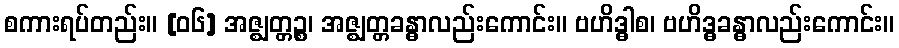
စကားရပ်တည်း။ [၀၆] အဇ္ဈတ္တဉ္စ၊ အဇ္ဈတ္တခန္ဓာလည်းကောင်း။ ဗဟိဒ္ဓါစ၊ ဗဟိဒ္ဓခန္ဓာလည်းကောင်း။